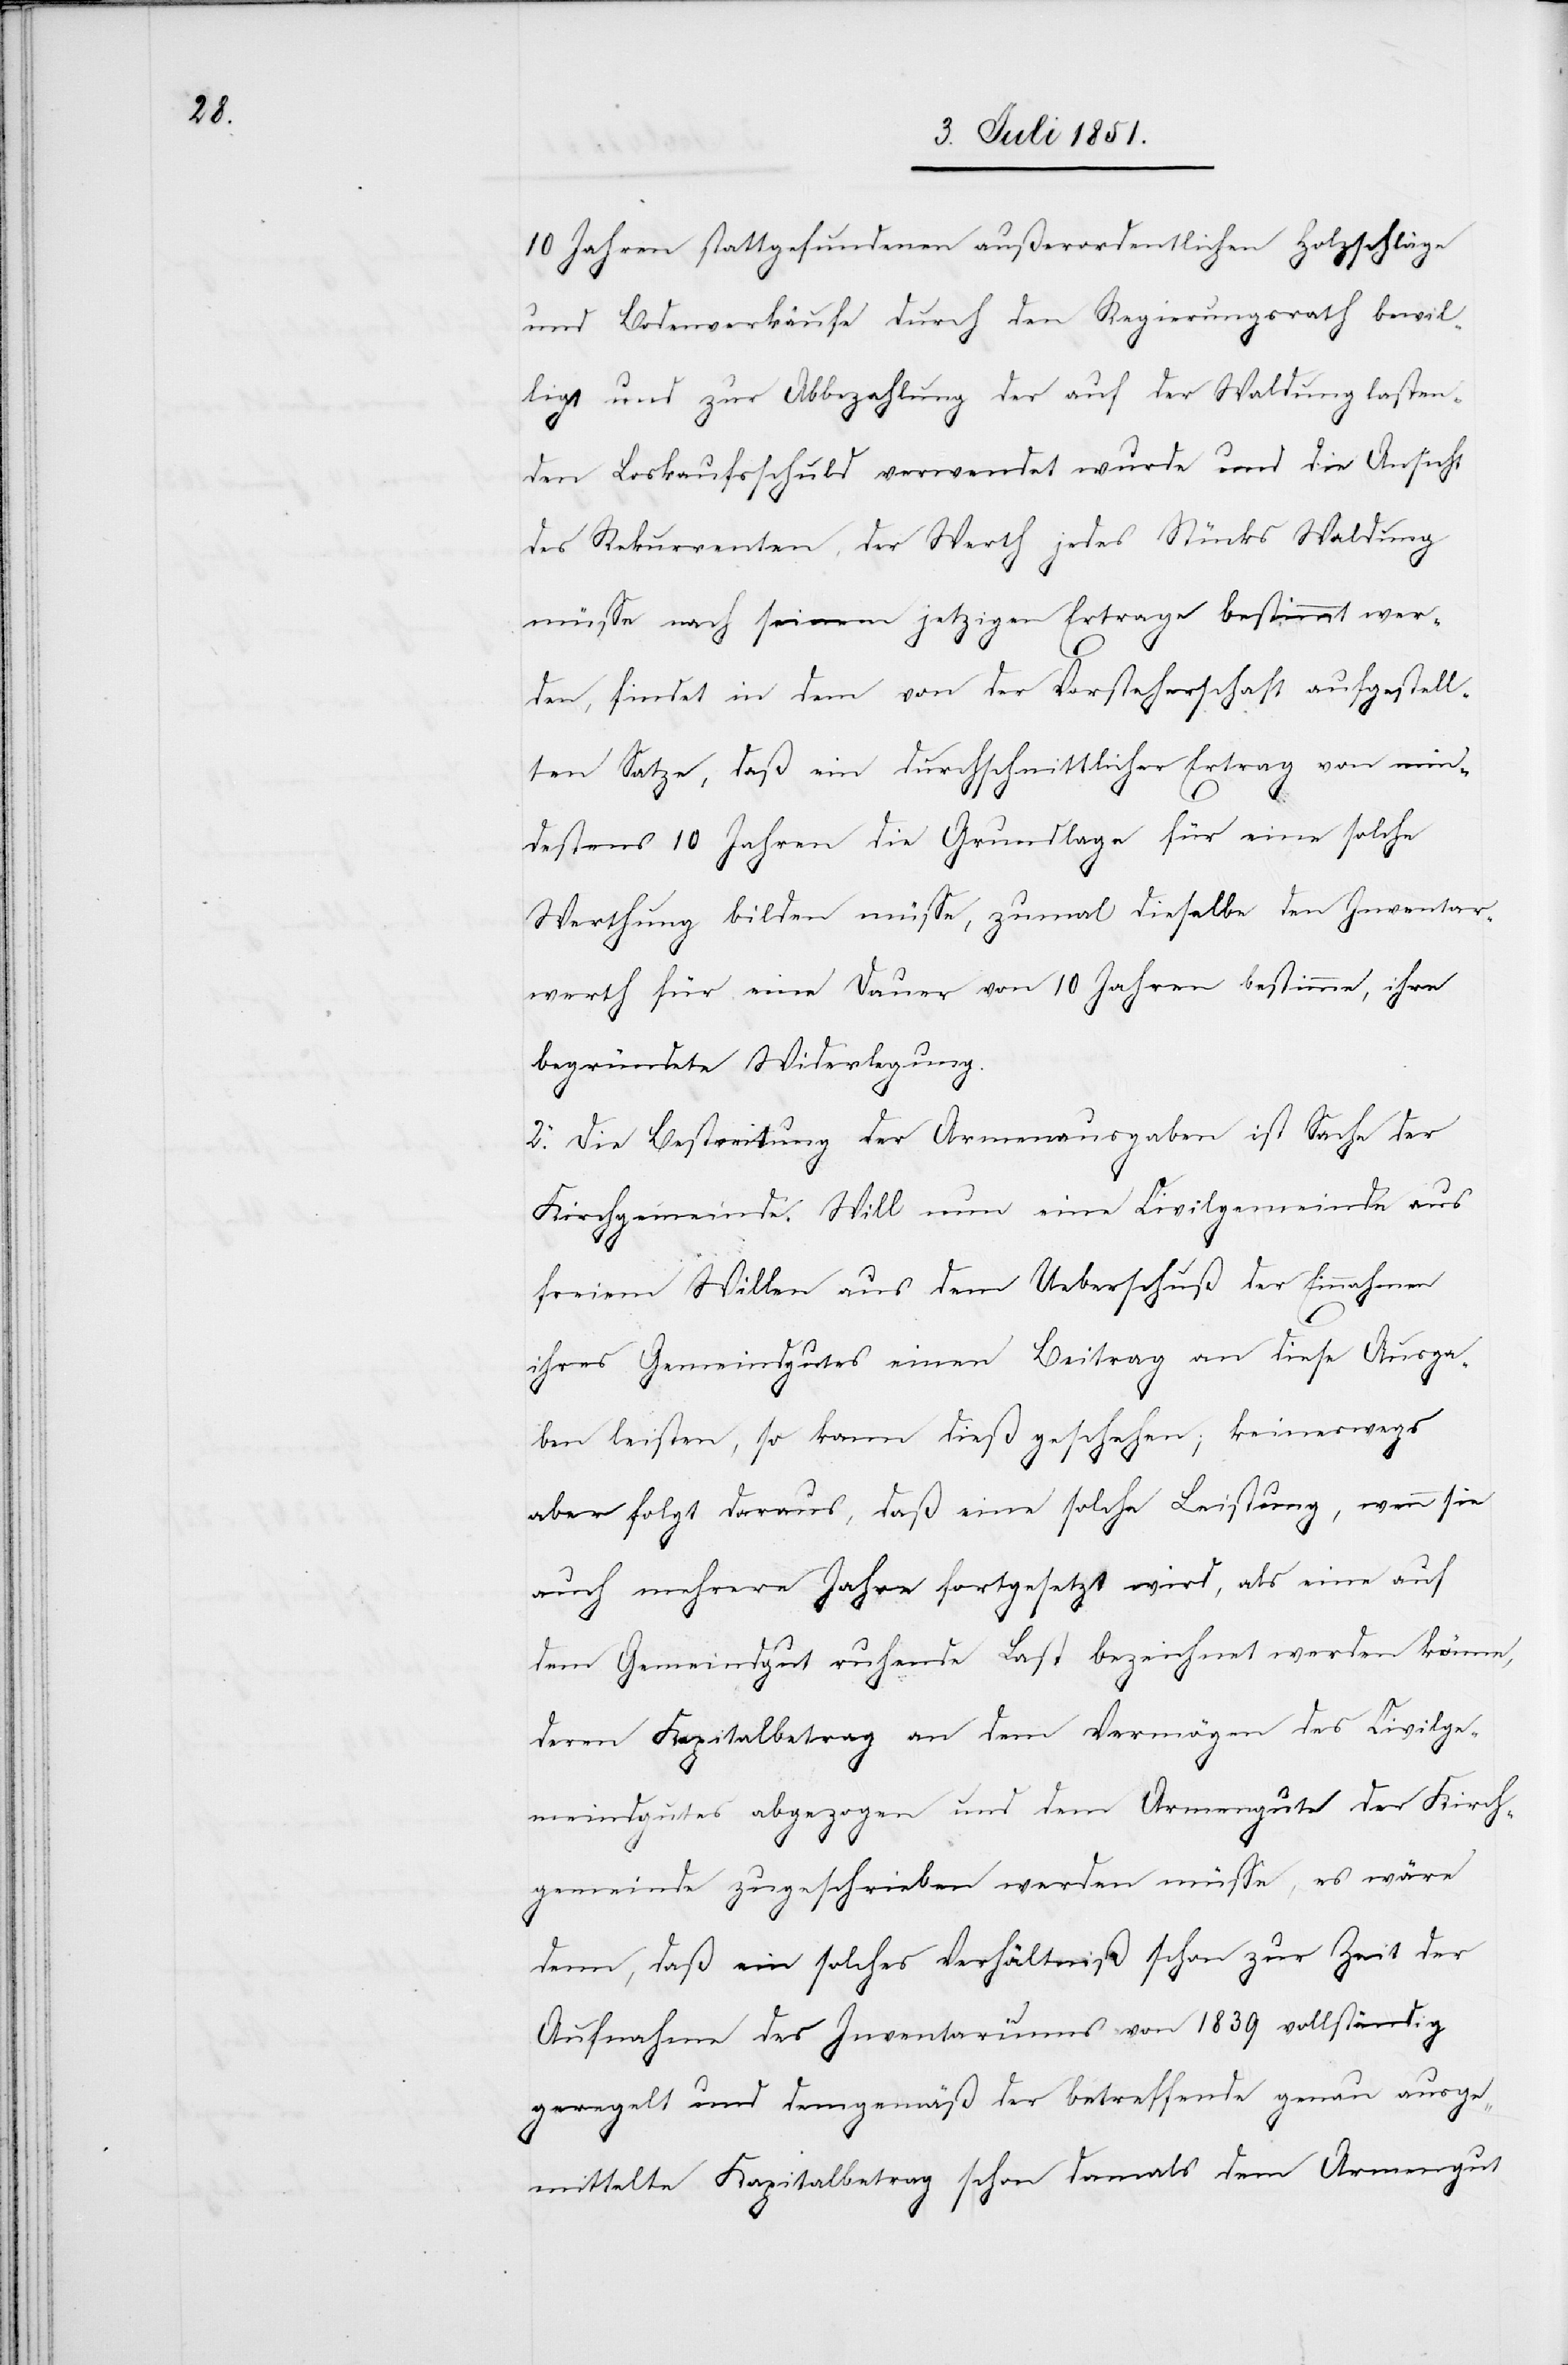
10 Jahren stattgefundenen außerordentlichen Holzschläge
und Bodenverkäufe durch den Regierungsrath bewil¬
ligt und zur Abbezahlung der auf der Waldung lasten¬
den Loskaufsschuld verwendet wurde und die Ansicht
des Rekurrenten, der Werth jedes Stücks Waldung
müsse nach seinem jetzigen Ertrage bestimmt wer¬
den, findet in dem von der Vorsteherschaft aufgestell¬
ten Satze, daß ein durchschnittlicher Ertrag von mind¬
estens 10 Jahren die Grundlage für eine solche
Werthung bilden müsse, zumal dieselbe den Inventar¬
werth für eine Dauer von 10 Jahren bestimme, ihre
begründete Widerlegung.
2. Die Bestreitung der Armenausgaben ist Sache der
Kirchgemeinde. Will nun eine Civilgemeinde aus
freiem Willen aus dem Ueberschuß der Einnahmen
ihres Gemeindgutes einen Beitrag an diese Ausga¬
ben leisten, so kann dieß geschehen; keineswegs
aber folgt daraus, daß eine solche Leistung, wenn sie
auch mehrere Jahre fortgesetzt wird, als eine auf
dem Gemeindgut ruhende Last bezeichnet werden könne,
deren Kapitalbetrag an dem Vermögen des Civilge¬
meindgutes abgezogen und dem Armengute der Kirch¬
gemeinde zugeschrieben werden müsse, es wäre
denn, daß ein solches Verhältniß schon zur Zeit der
Aufnahme des Inventariums von 1839 vollständig
geregelt und demgemäß der betreffende genau ausge¬
mittelte Kapitalbetrag schon damals dem Armengut